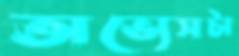
অভ্যেসটা